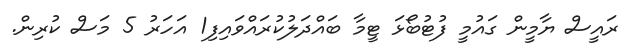
ރައީސް ޔާމީން ގައުމީ ފުޓުބޯޅަ ޓީމާ ބައްދަލުކުރައްވައިފި1 އަހަރު 5 މަސް ކުރިން.